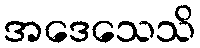
အဒေသေသိ